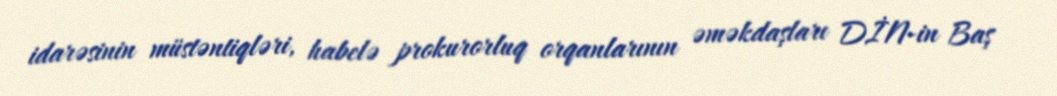
idarəsinin müstəntiqləri, habelə prokurorluq orqanlarının əməkdaşları DİN-in Baş